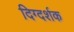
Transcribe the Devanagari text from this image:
दिग्‍दर्शक